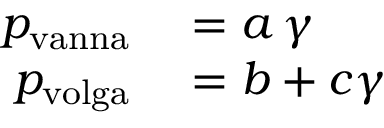
\begin{array} { r l } { p _ { \mathrm { { v a n n a } } } } & { { } = a \, \gamma } \\ { p _ { \mathrm { { v o l g a } } } } & { { } = b + c \gamma } \end{array}